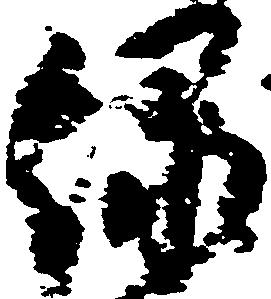
緑